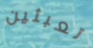
تعبثين